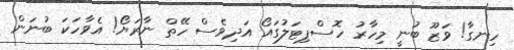
ހިނގާ! ވަޒޫ ބުނީ މިހާރު ހޮސްޕިޓަލުގައޯ އަދިވެސް ހޭތް ނާރަޔޯ! އެވާހަކަ ބުނަން